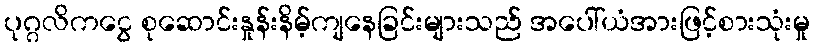
ပုဂ္ဂလိကငွေ စုဆောင်းနှုန်းနိမ့်ကျနေခြင်းများသည် အပေါ်ယံအားဖြင့်စားသုံးမှု